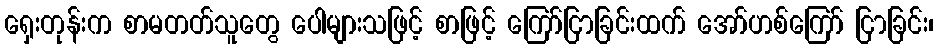
ရှေးတုန်းက စာမတတ်သူတွေ ပေါများသဖြင့် စာဖြင့် ကြော်ငြာခြင်းထက် အော်ဟစ်ကြော် ငြာခြင်း၊